Report on vaccination in Madras 1922-1929 - 1922-1929
Year: 1922
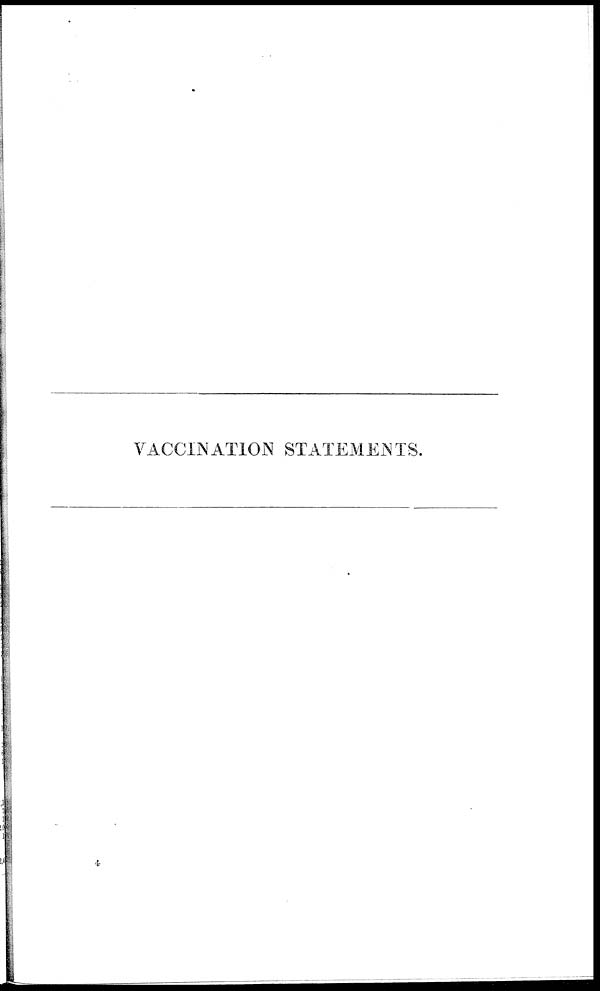
VACCINATION STATEMENTS.
4